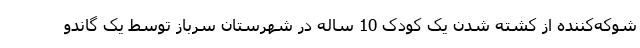
شوکه‌کننده از کشته شدن یک کودک 10 ساله در شهرستان سرباز توسط یک گاندو